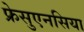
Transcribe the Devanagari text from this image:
फ्रेसुएनसिया